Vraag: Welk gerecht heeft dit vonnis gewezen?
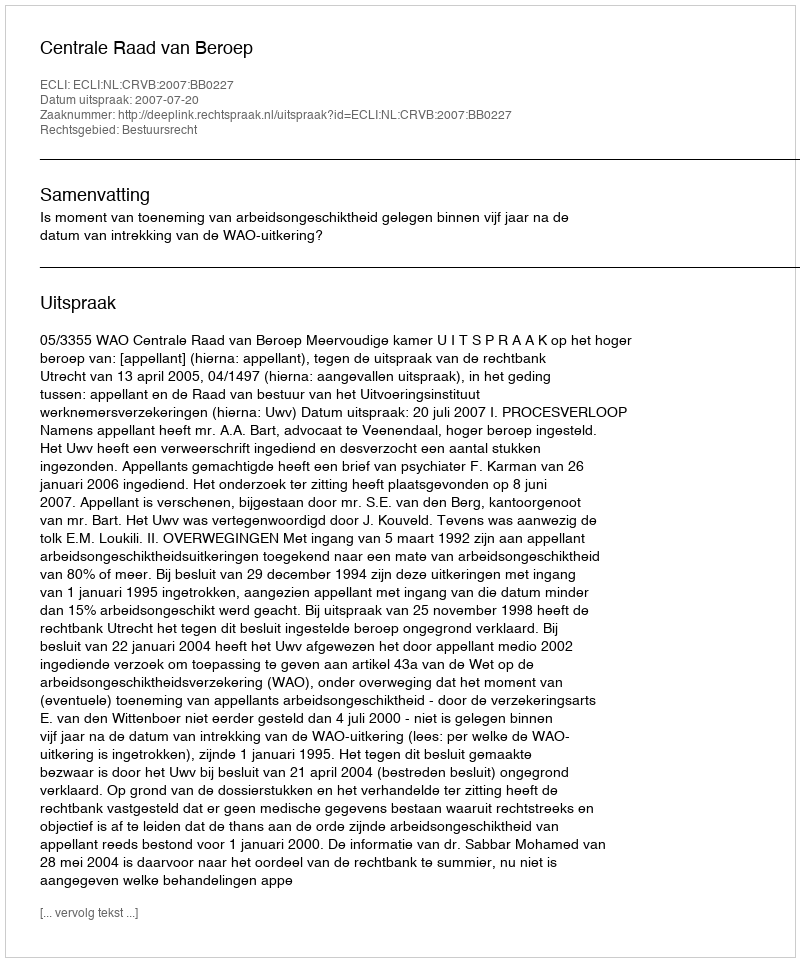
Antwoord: Centrale Raad van Beroep